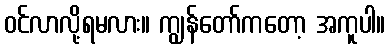
ဝင်လာလို့ရမလား။ ကျွန်တော်ကတော့ အကူပါ။